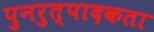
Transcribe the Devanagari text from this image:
पुनरुत्पादकता